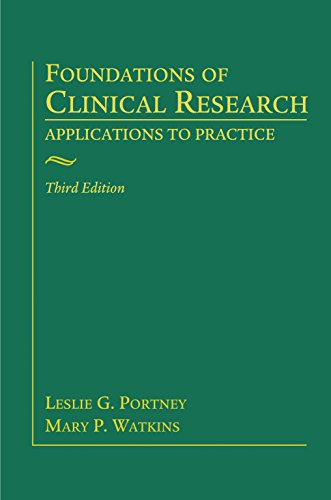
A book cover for Foundations of Clinical Research: Applications to Practice; Leslie G. Portney; Medical Books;